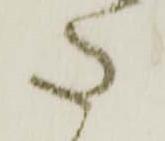
御